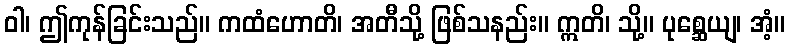
ဝါ၊ ဤကုန်ခြင်းသည်။ ကထံဟောတိ၊ အတီသို့ ဖြစ်သနည်း။ ဣတိ၊ သို့။ ပုစ္ဆေယျ၊ အံ့။